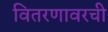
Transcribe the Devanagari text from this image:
वितरणावरची